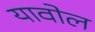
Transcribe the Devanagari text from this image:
यावोल